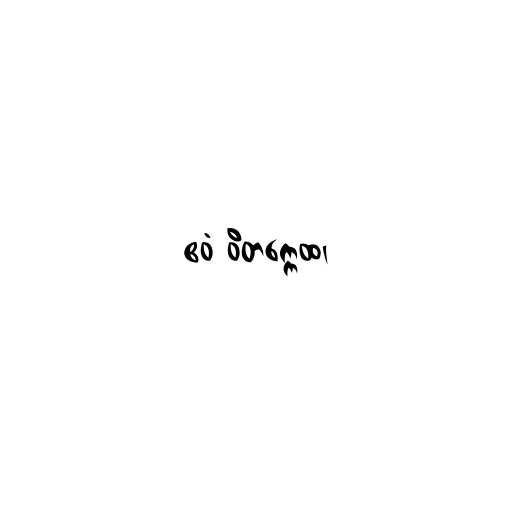
ဧဝံ ဝိတက္ကေထ၊